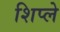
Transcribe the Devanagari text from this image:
शिप्ले